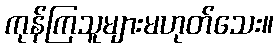
ကုန်ကြသူများမဟုတ်သေး။